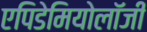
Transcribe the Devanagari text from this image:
एपिडेमियोलॉजी